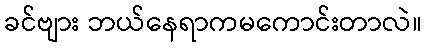
ခင်ဗျား ဘယ်နေရာကမကောင်းတာလဲ။